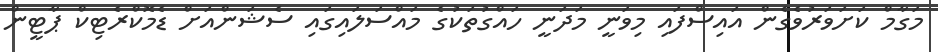
މަގާމް ކަށަވަރުވެގެން އައިސްފައި މިވަނީ މަދަނީ ހައްގުތަކުގެ މައްސަލައިގައި ސެޝަންއަށް ޑެމޮކްރެޓިކް ޕާޓީން